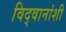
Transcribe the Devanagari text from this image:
विद्वानांशी